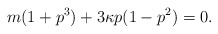
\begin{align*} m(1+p^3)+3\kappa p(1-p^2)=0.\end{align*}